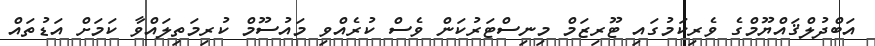
އަބްދުލްޤައްޔޫމްގެ ވެރިކަމުގައި ޓޫރިޒަމް މިނިސްޓަރުކަން ވެސް ކުރެއްވި މައުސޫމް ކުރިމަތިލައްވާ ކަމަށް އަޑުތައް